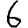
Digit: 6